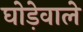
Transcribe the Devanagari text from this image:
घोड़ेवाले